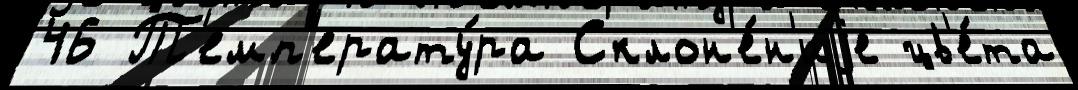
46 Т'емп'ерату́ра Склон'е́н'иjе цв'е́та